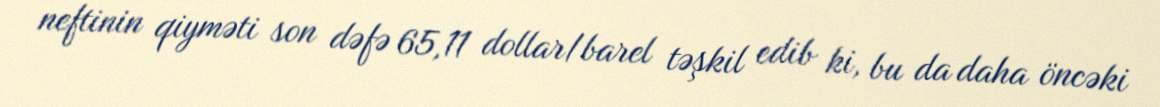
neftinin qiyməti son dəfə 65,11 dollar/barel təşkil edib ki, bu da daha öncəki